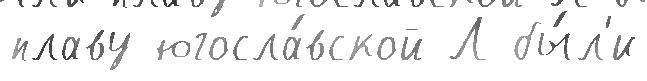
плаву югосла́вской Л бы́л'и